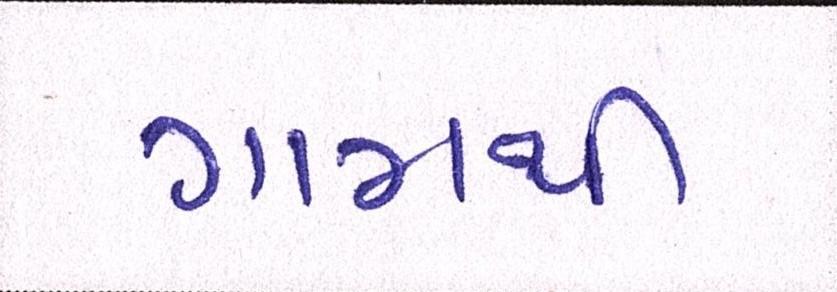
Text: ગામથી